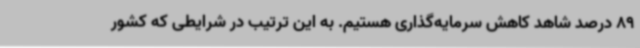
89 درصد شاهد کاهش سرمایه‌گذاری هستیم. به این ترتیب در شرایطی که کشور